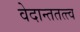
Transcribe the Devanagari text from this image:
वेदान्ततत्त्‍व